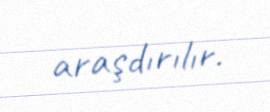
araşdırılır.